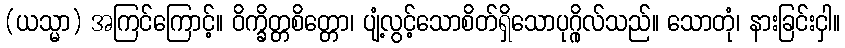
(ယသ္မာ) အကြင်ကြောင့်။ ဝိက္ခိတ္တစိတ္တော၊ ပျံ့လွင့်သောစိတ်ရှိသောပုဂ္ဂိုလ်သည်။ သောတုံ၊ နားခြင်းငှါ။